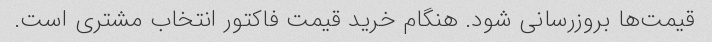
قیمت‌ها بروزرسانی شود. هنگام خرید قیمت فاکتور انتخاب مشتری است.